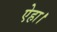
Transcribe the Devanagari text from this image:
ऐहा।